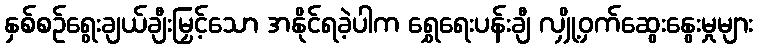
နှစ်စဉ်ရွေးချယ်ချီးမြှင့်သော အနိုင်ရခဲ့ပါက ရွှေရေးပန်းချီ လျှို့ဝှက်ဆွေးနွေးမှုများ